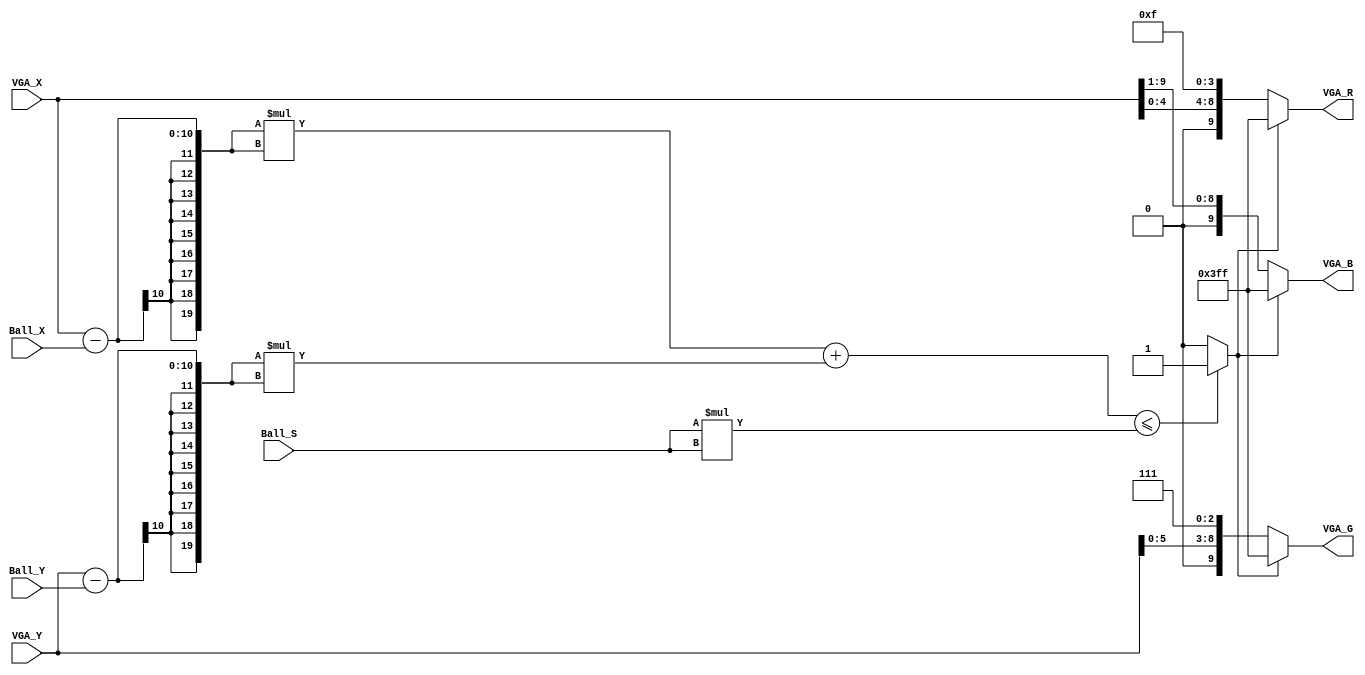
//File_Name:  color_gen.v
//Data     :  2010/47
//Function :  To generate color to VGA according the ball cordinates and the scan cordiate of VGA
// All function using combinational logic
module color_gen(
Ball_X,
Ball_Y,
VGA_X,
VGA_Y,
Ball_S,
VGA_R,
VGA_G,
VGA_B);

input [9:0] Ball_X;// the x cordinate of the ball
input [9:0] Ball_Y;// the y cordinate of the ball
input [9:0] VGA_X;// the vga current scan x cordinate
input [9:0] VGA_Y;// the vga current scan y cordiante
input [9:0] Ball_S;// the size of the ball
output reg [9:0] VGA_R;// the red compent to vga 
output reg [9:0] VGA_G;
output reg [9:0] VGA_B;


(*keep*)wire Ball_Show;
wire [19:0] Delta_X2,Delta_Y2,R2;

assign Delta_X2 = (VGA_X-Ball_X)*(VGA_X-Ball_X);
assign Delta_Y2 = (VGA_Y-Ball_Y)*(VGA_Y-Ball_Y);
assign R2       = (Ball_S*Ball_S);
assign Ball_Show = (Delta_X2+Delta_Y2)<= R2?1'b1:1'b0;
//assign Ball_Show = (((VGA_X-Ball_X)*(VGA_X-Ball_X)+(VGA_Y-Ball_Y)*(VGA_Y-Ball_Y))<=(Ball_S*Ball_S))?1:0;

//generate RGB
always@(Ball_Show, VGA_X, VGA_Y)
begin
   if(Ball_Show)
   begin
     VGA_R <= {10{1'b1}};
     VGA_G <= {10{1'b1}};
     VGA_B <= {10{1'b1}};
   end
   else
   begin 
     VGA_R <= {1'b0,VGA_X[4:0],{4{1'b1}}};
     VGA_G <= {1'b0,VGA_Y[5:0],{3{1'b1}}};
     VGA_B <= {1'b0,VGA_X[9:1]};
   end
end

endmodule